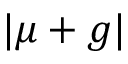
| \mu + g |